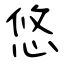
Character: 悠